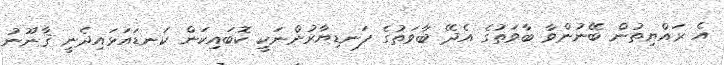
އެ ރައްޔިތުން ބޭނުންވާ ބާވަތުގެ އެދޭ ބާވަތުގެ ފަނޑިޔާރުންނަކީ ކޮބައިކަން ކަނޑައަޅައިދެނީ ޤާނޫނު